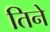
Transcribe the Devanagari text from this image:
तिनेे